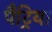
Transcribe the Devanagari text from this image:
पैट्रिया